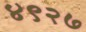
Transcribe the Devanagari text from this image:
४९२७